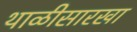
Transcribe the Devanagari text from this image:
थाळीसारखा